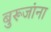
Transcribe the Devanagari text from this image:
बुरूजांना